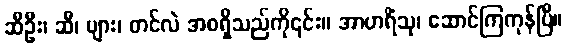
ဆီဦး၊ ဆီ၊ ပျား၊ တင်လဲ အစရှိသည်ကို၎င်း။ အာဟရိံသု၊ ဆောင်ကြကုန်ပြီ။